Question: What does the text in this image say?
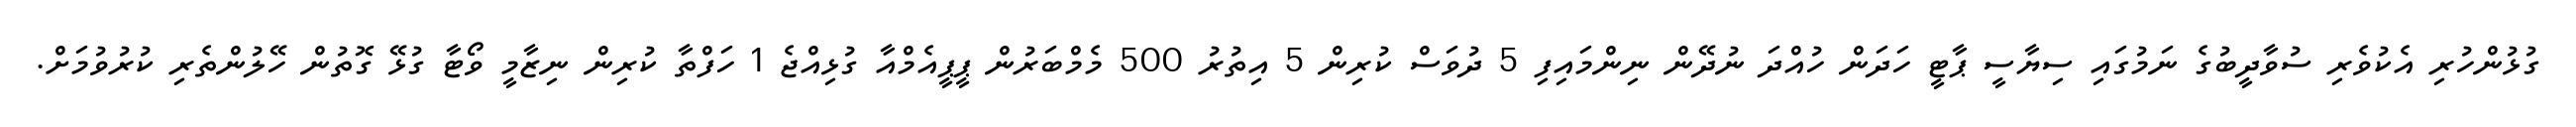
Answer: ގުޅުންހުރި އެކުވެރި ސުވާދީބުގެ ނަމުގައި ސިޔާސީ ޕާޓީ ހަދަން ހުއްދަ ނުދޭން ނިންމައިފި 5 ދުވަސް ކުރިން 5 އިތުރު 500 މެމްބަރުން ޕީޕީއެމްއާ ގުޅިއްޖެ 1 ހަފްތާ ކުރިން ނިޒާމީ ވޯޓާ ގުޅޭ ގޮތުން ހޭލުންތެރި ކުރުވުމަށް.